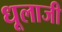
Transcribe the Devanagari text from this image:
धूलाजी